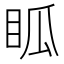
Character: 𥄼